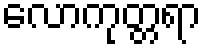
လောကုတ္တရာ